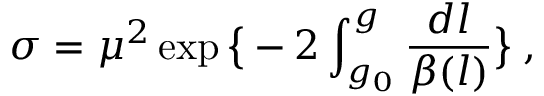
\sigma = \mu ^ { 2 } \exp \big \{ - 2 \int _ { g _ { 0 } } ^ { g } \frac { d l } { \beta ( l ) } \big \} \; ,